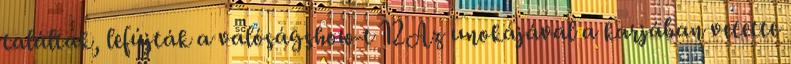
találtak, lefújták a valóságshow-t 12Az unokájával a karjában vetette